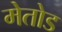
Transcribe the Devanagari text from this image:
मेतोड